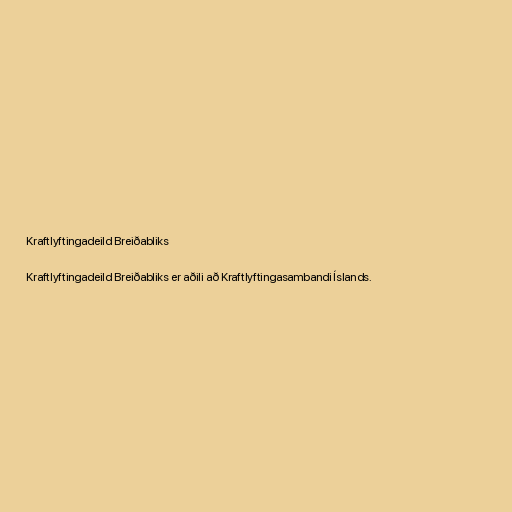
Kraftlyftingadeild Breiðabliks

Kraftlyftingadeild Breiðabliks er aðili að Kraftlyftingasambandi Íslands.